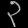
Digit: ၃